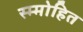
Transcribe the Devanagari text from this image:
स्म्मोहित